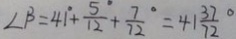
\angle \beta = 4 1 ^ { \circ } + \frac { 5 } { 1 2 } ^ { \circ } + \frac { 7 } { 7 2 } ^ { \circ } = 4 1 \frac { 3 7 } { 7 2 } ^ { \circ }